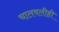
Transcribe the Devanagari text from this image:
चालवलीही